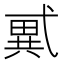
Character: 𢎑